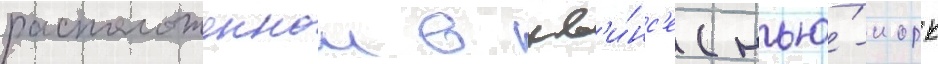
расположеннои в кв'и́нс'е (нью́-иорк